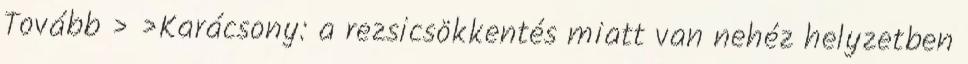
Tovább › ›Karácsony: a rezsicsökkentés miatt van nehéz helyzetben